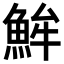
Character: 𩶢